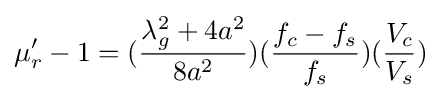
\mu _{r}'-1=({\frac {\lambda _{g}^{2}+4a^{2}}{8a^{2}}})({\frac {f_{c}-f_{s}}{f_{s}}})({\frac {V_{c}}{V_{s}}})